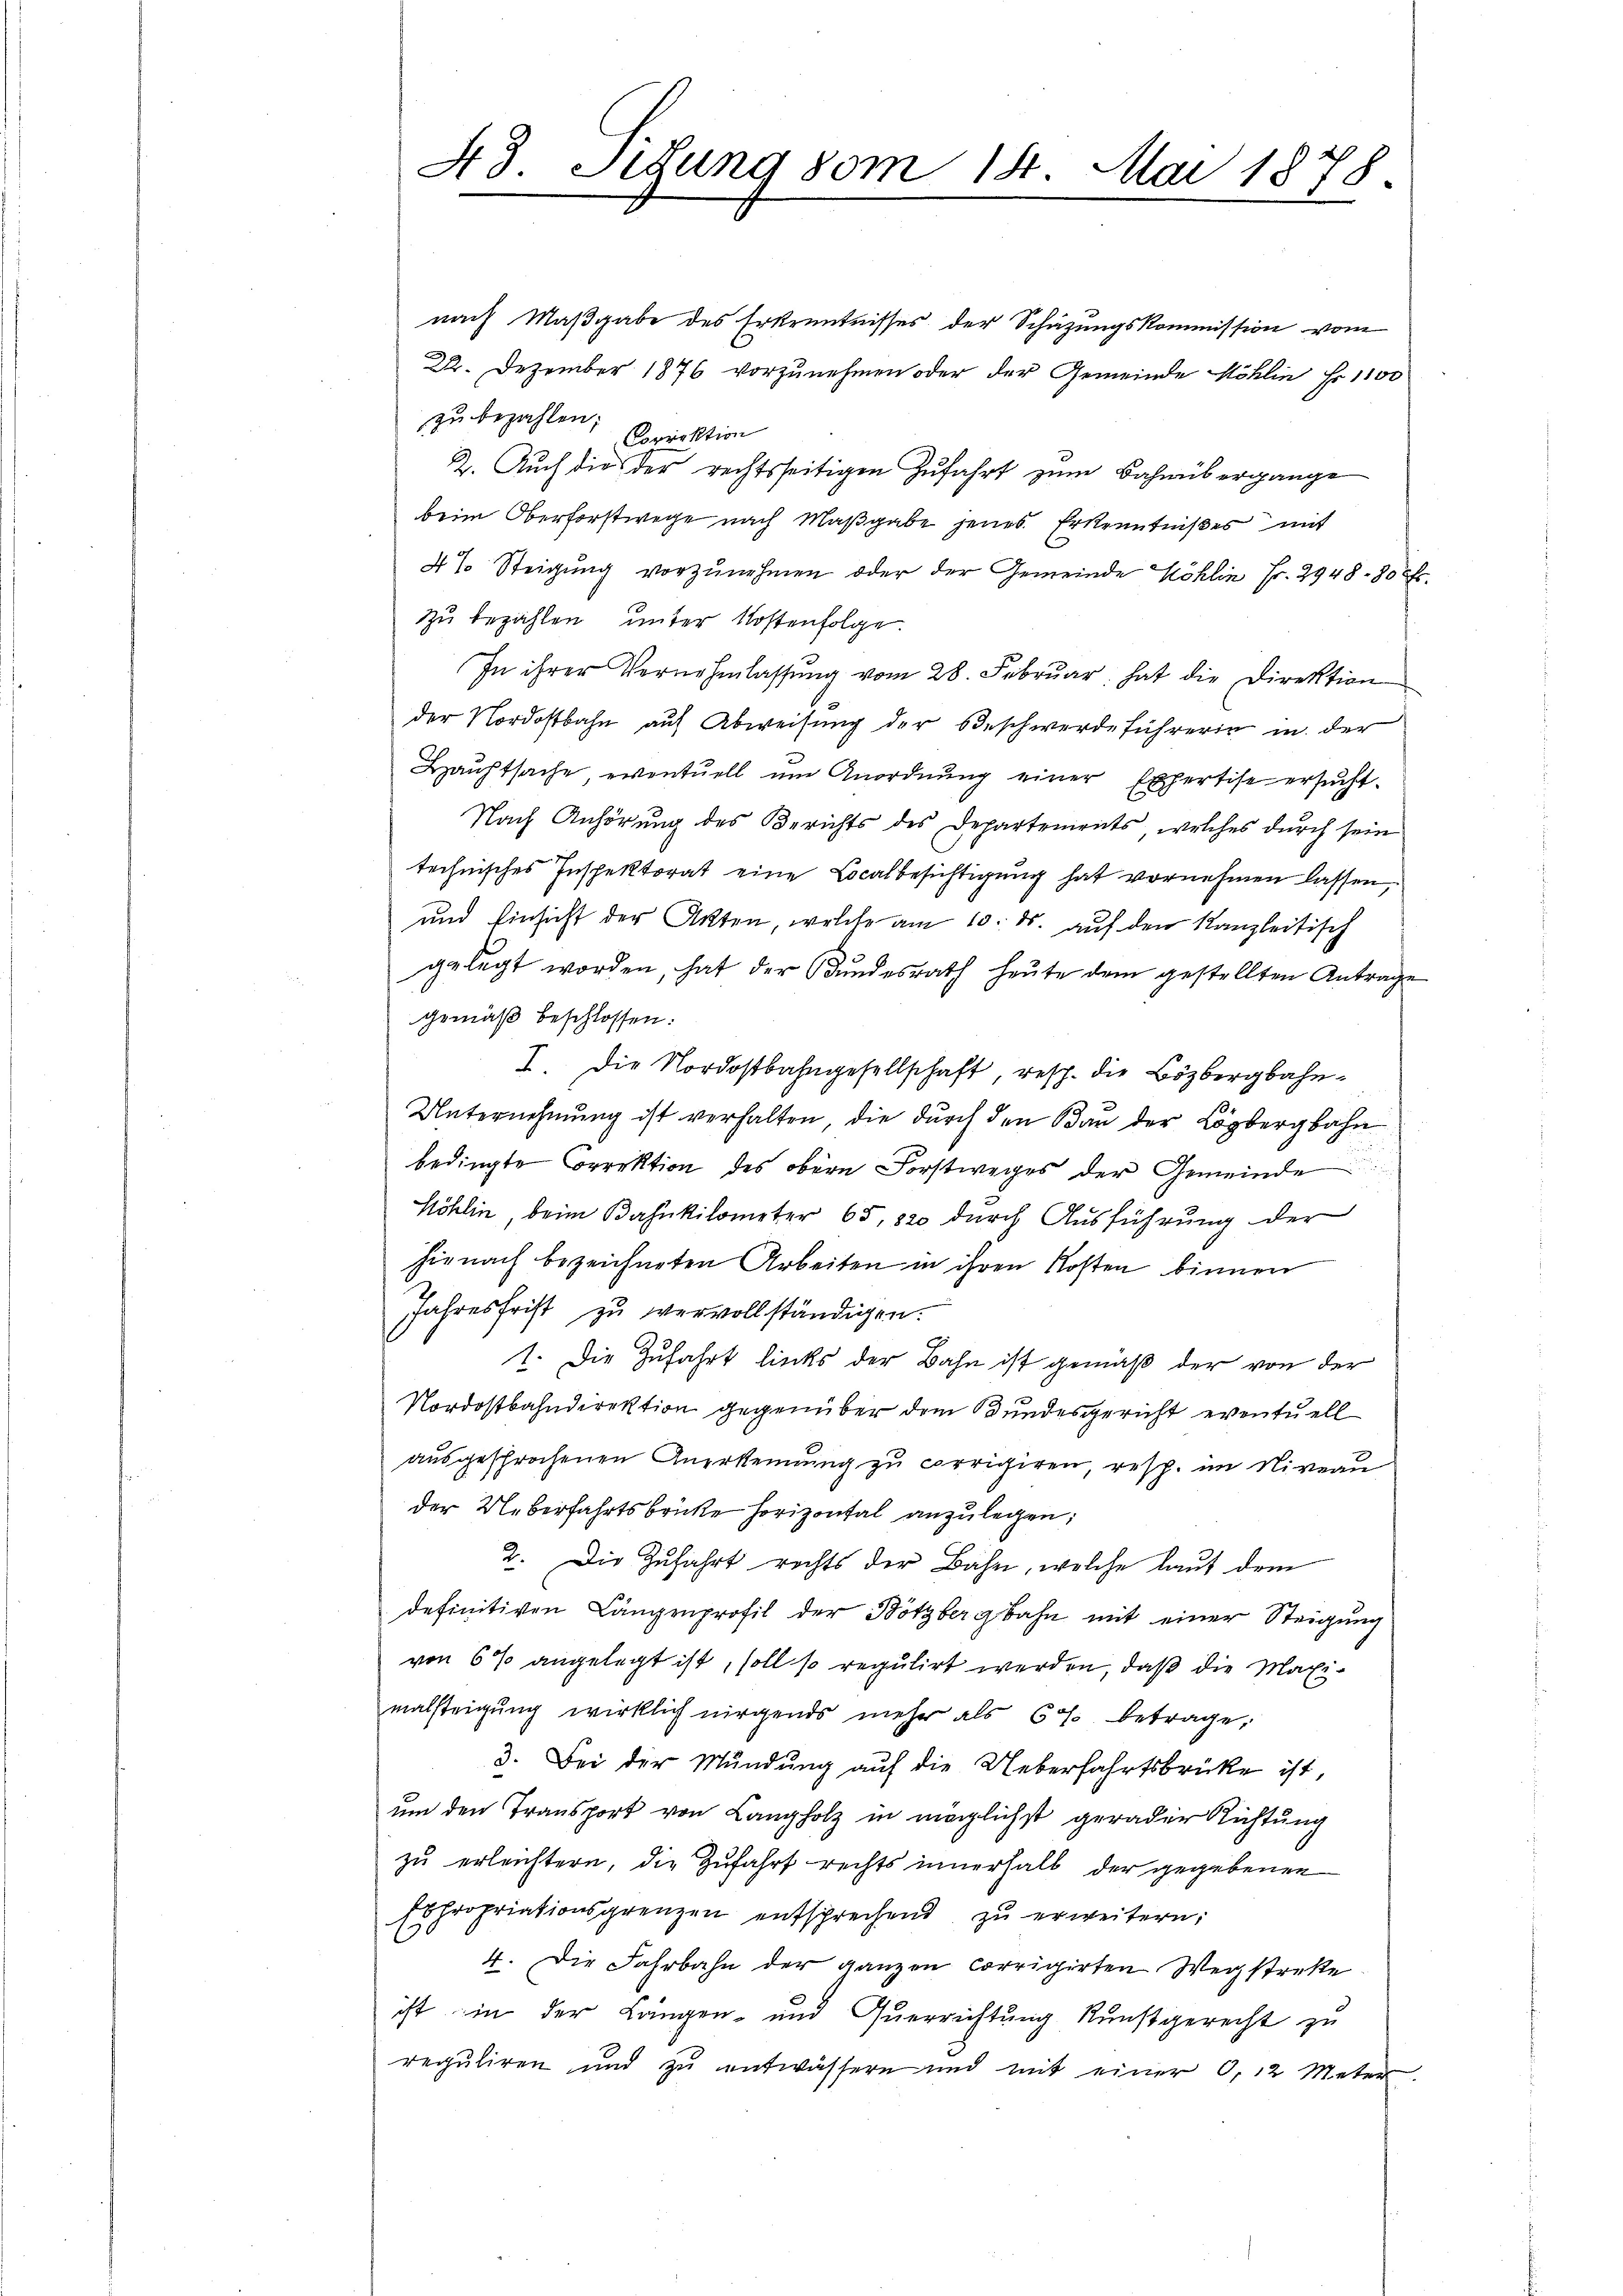
43. Sedung vom 14. Mai 1878.

nach Maßgabe des Erkenntnisses der Schazungskommission vom
22. Dezember 1876 vorzunehmen oder der Gemeinde Möhlin Fr. 1100
zu bezahlen. Correktion
2. Auch die der rechtsseitigen Zufahrt zum Bahnübergange
beim Oberforstwege nach Maβgabe jenes Erkenntnißes mit
4% Steigŭng vorzŭnehmen oder der Gemeinde Köhlin Fr. 2948 - 80 Fr.
zu bezahlen unter Kostenfolge.
In ihrer Vernehmlassŭng vom 28. Febrŭar hat die Direktion
der Nordostbahn auf Abweisung der Beschwerdeführerin in der
Hauptsache, eventuell um Anordnŭng einer Expertise ersucht.
Nach Anhörung des Berichts des Departements, welches durch sein
technisches Inspektorat eine Localbesichtigung hat vornehmen lassen,
und Einsicht der Acten, welche am 10. ds. auf den Kanzleitisch
gelegt worden, hat der Bundesrath heute dem gestellten Antrage
gemäß beschlossen:
I. Die Nordostbahngesellschaft, resp. die Bözbergbahn¬
Unternehmung ist verhalten, die durch den Bau der Löbergbahn
bedingte Correktion des obern Forstweges der Gemeinde
Möhlin, beim Bahnkilometer 65, 820 durch Ausführung der
hienach bezeichneten Arbeiten in ihren Kosten binnen
Jahresfrist zu vervollständigen.
1. Die Zufahrt links der Bahn ist gemäß der von der
Nordostbahndirektion gegenüber dem Bundesgericht eventuell
ausgesprochenen Anerkennung zu corrigiren, resp. im Niveau
der Ueberfahrtsbrücke horizontal anzulegen;
2. Die Zufahrt rechts der Bahn, welche laut dem
definitiven Längenprofil der Bötzbergbahn mit einer Steigung
von 6% angelegt ist, soll so regulirt werden, daß die Maximalsteigung wirklich nirgends mehr als 67 betrage,
3. Bei der Mündung auf die Ueberfahrtsbrücke ist,
um den Transport von Langholz in möglichst gerader Richtung
zu erleichtern, die Zufahrt rechts innerhalb der gegebenen
Ebpropriationsgrenzen entsprechend zu erweitern;
4. Die Fahrbahn der ganzen corrigirten Wegstreke
ist in der Längen- und Querrichtung Kunstgerecht zu
reguliren und zŭ entwässern und mit einer 6. 12 Meter